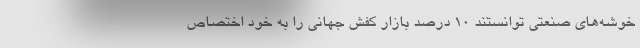
خوشه‌های صنعتی توانستند 10 درصد بازار کفش جهانی را به خود اختصاص